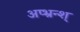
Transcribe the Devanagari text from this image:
अप्भ्रन्श्